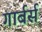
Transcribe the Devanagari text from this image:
गार्बर्स